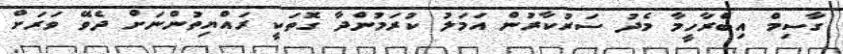
ގާސިމް އިބްރާހީމާ މެދު ސަރުކާރުން އަމަލު ކުރަމުންދާ ގޮތަކީ ރައްޔިތުންނަށް ދެވޭ ވަރަށް